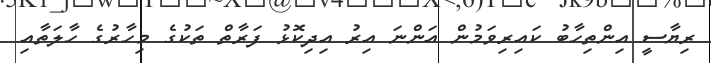
ރިޔާސީ އިންތިހާބު ކައިރިވަމުން އަންނަ އިރު އިދިކޮޅު ފަރާތް ތަކުގެ މިހާރުގެ ހާލަތާއި